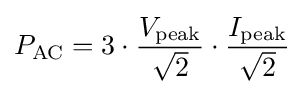
P_{\mathrm {AC} }=3\cdot {V_{\mathrm {peak} } \over {\sqrt {2}}}\cdot {I_{\mathrm {peak} } \over {\sqrt {2}}}